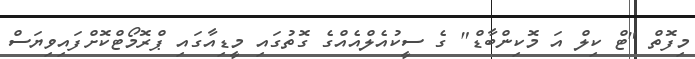
މިފޮތް "ޓް ކިލް އަ މޮކިންބާޑް" ގެ ސީކުއެލްއެއްގެ ގޮތުގައި މީޑިއާގައި ޕްރޮމޯޓްކޮށްފައިވިޔަސް